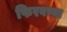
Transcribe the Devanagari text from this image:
फिरवण्या